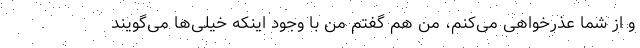
و از شما عذرخواهی می‌کنم، من هم گفتم من با وجود اینکه خیلی‌ها می‌گویند